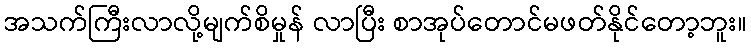
အသက်ကြီးလာလို့မျက်စိမှုန် လာပြီး စာအုပ်တောင်မဖတ်နိုင်တော့ဘူး။